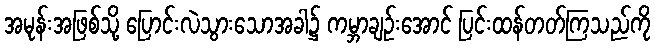
အမုန်းအဖြစ်သို့ ပြောင်းလဲသွားသောအခါ၌ ကမ္ဘာချဉ်းအောင် ပြင်းထန်တတ်ကြသည်ကို